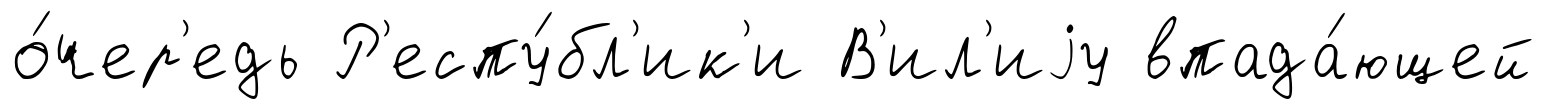
о́чер'едь Р'еспу́бл'ик'и В'ил'иjу впада́ющей